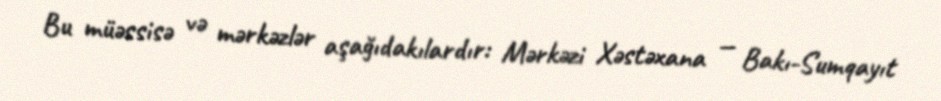
Bu müəssisə və mərkəzlər aşağıdakılardır: Mərkəzi Xəstəxana — Bakı-Sumqayıt